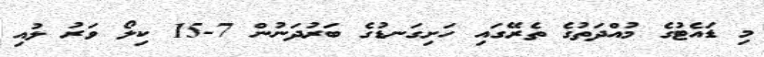
މި ޑައެޓުގެ މުއްދަތުގެ ތެރޭގައި ހަށިގަނޑުގެ ބަރުދަނުން 7-15 ކިލޯ ވަރު ލުއި